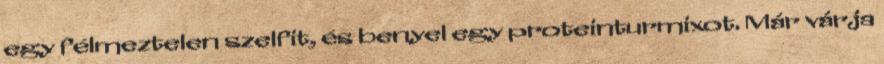
egy félmeztelen szelfit, és benyel egy proteinturmixot. Már várja